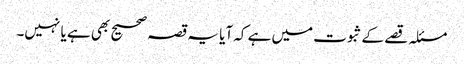
مسئلہ قصے کے ثبوت میں ہے کہ آیا یہ قصہ صحیح بھی ہے یا نہیں۔